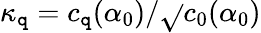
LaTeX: \kappa_{\mathtt{q}}=c_{\mathtt{q}}(\alpha_{0})/\sqrt{}{{c_{0}(\alpha_{0})}}